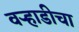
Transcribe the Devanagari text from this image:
वऱ्हाडीचा